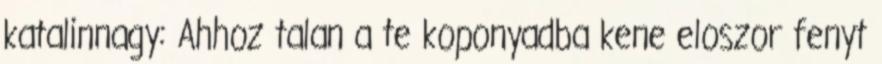
katalinnagy: Ahhoz talan a te koponyadba kene eloszor fenyt